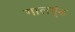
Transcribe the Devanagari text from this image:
गालगूंड